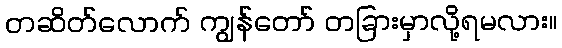
တဆိတ်လောက် ကျွန်တော် တခြားမှာလို့ရမလား။